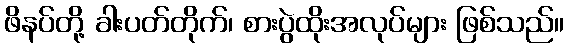
ဖိနပ်တို့ ခါးပတ်တိုက်၊ စားပွဲထိုးအလုပ်များ ဖြစ်သည်။